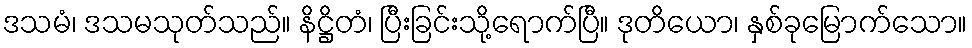
ဒသမံ၊ ဒသမသုတ်သည်။ နိဋ္ဌိတံ၊ ပြီးခြင်းသို့ရောက်ပြီ။ ဒုတိယော၊ နှစ်ခုမြောက်သော။